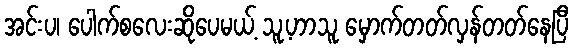
အင်းပ၊ ပေါက်စလေးဆိုပေမယ့် သူ့ဟာသူ မှောက်တတ်လှန်တတ်နေပြီ